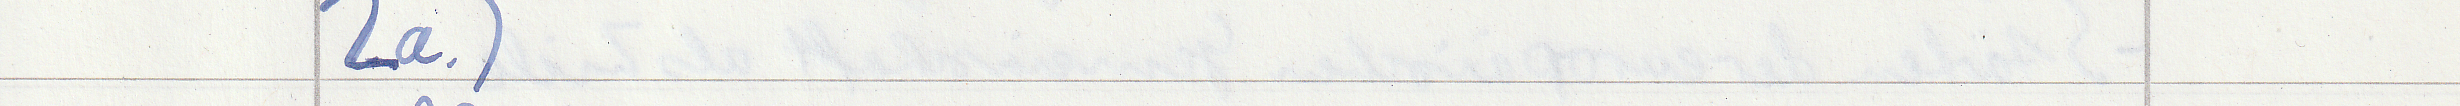
2a.)